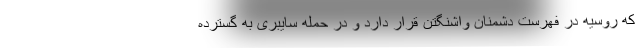
که روسیه در فهرست دشمنان واشنگتن قرار دارد و در حمله سایبری به گسترده